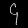
Digit: ၄